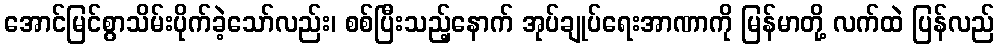
အောင်မြင်စွာသိမ်းပိုက်ခဲ့သော်လည်း၊ စစ်ပြီးသည့်နောက် အုပ်ချုပ်ရေးအာဏာကို မြန်မာတို့ လက်ထဲ ပြန်လည်